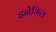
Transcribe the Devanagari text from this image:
इनेमिल